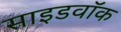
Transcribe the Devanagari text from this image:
साइडवॉक